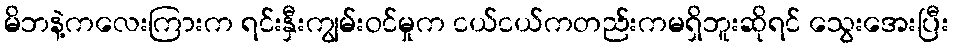
မိဘနဲ့ကလေးကြားက ရင်းနှီးကျွမ်းဝင်မှုက ငယ်ငယ်ကတည်းကမရှိဘူးဆိုရင် သွေးအေးပြီး